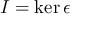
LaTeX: I = \ker \epsilon